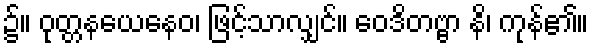
၌။ ဝုတ္တနယေနေဝ၊ ဖြင့်သာလျှင်။ ဝေဒိတဗ္ဗာ နိ၊ ကုန်၏။